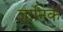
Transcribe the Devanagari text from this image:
ज्ञानिक